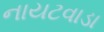
નાયટવાડા